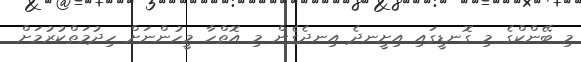
މި ބޭންކްގެ މި ގޮނޑީގައި އިށީނދެ އިނދެގެން މި އޮތްހާ މީހުންނަށް ހިދުމަތްކުރުމަށް